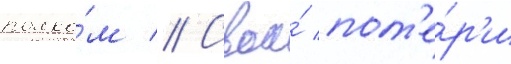
полко́м // Свои́ пот'е́р'и